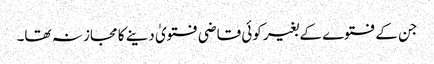
جن کے فتوے کے بغیر کوئی قاضی فتویٰ دینے کا مجاز نہ تھا۔